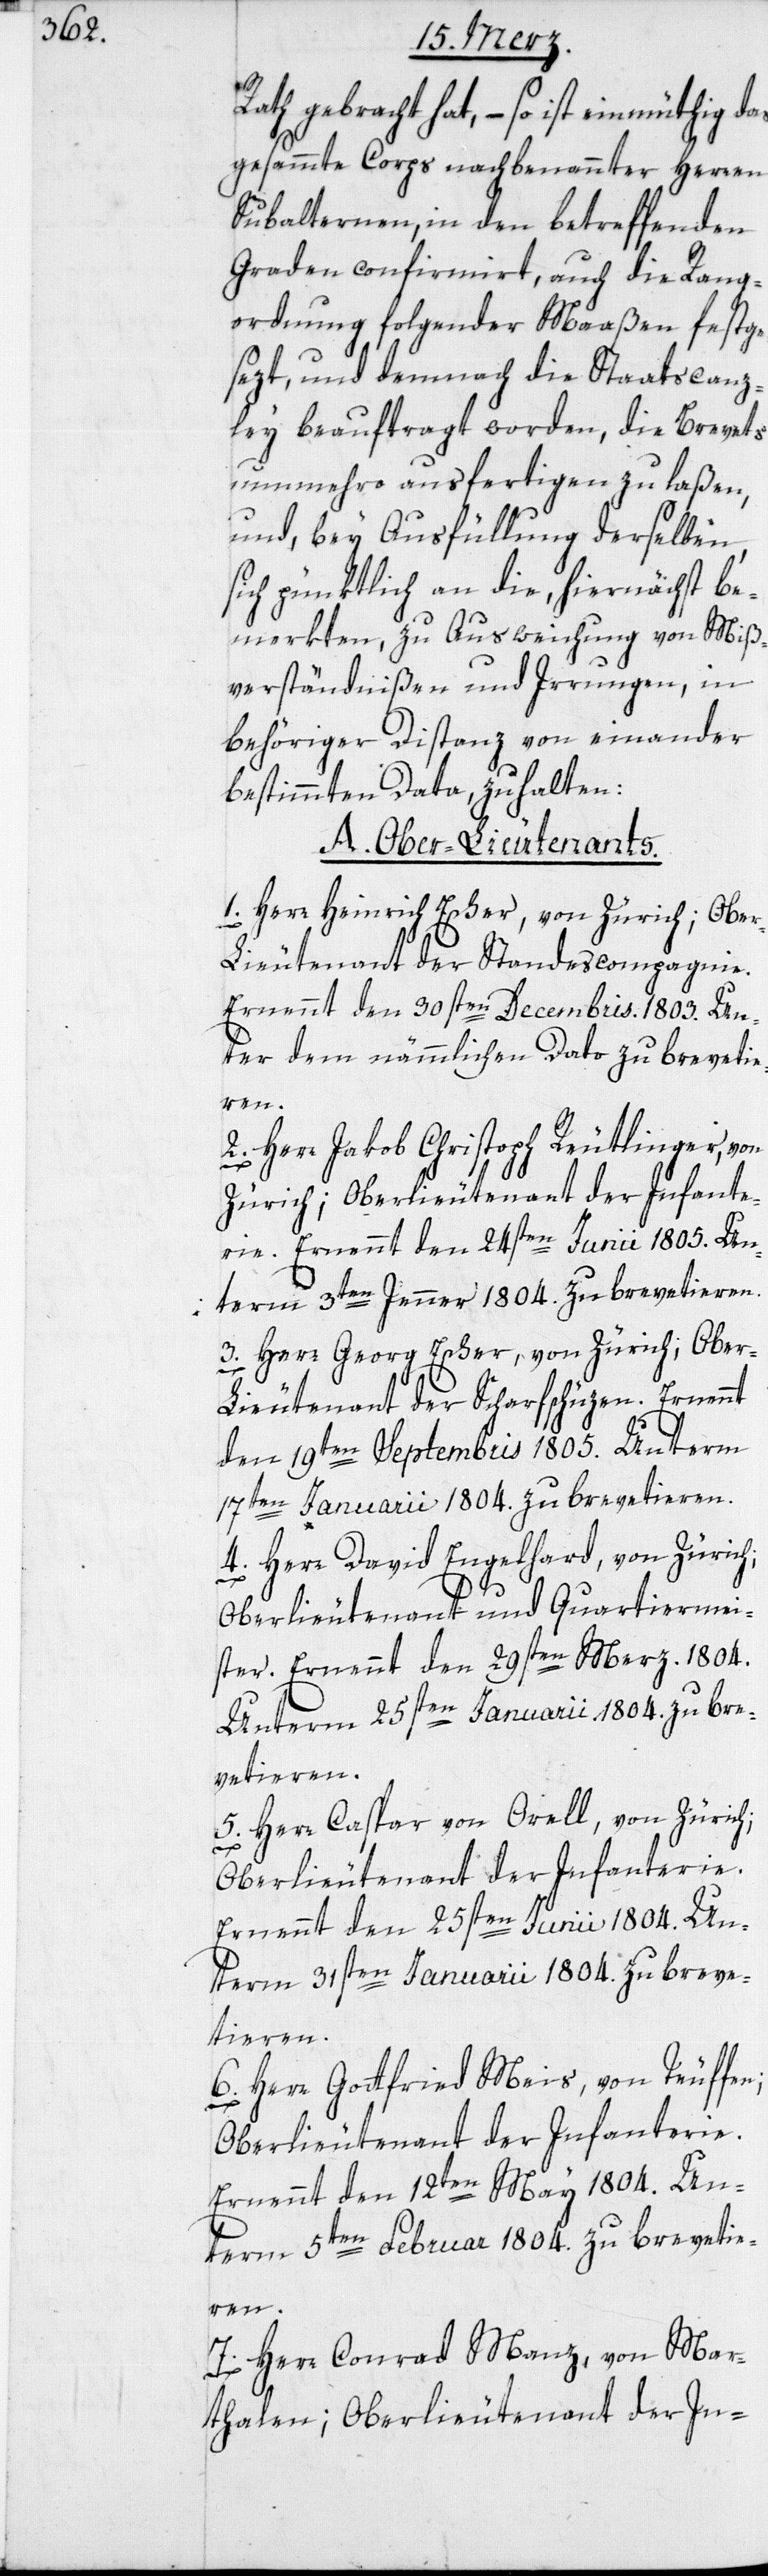
Rath gebracht hat, – so ist einmüthig das
gesammte Corps nachbenannter Herren
Subalternen, in den betreffenden
Graden confirmiert, auch die Rang¬
ordnung folgender Maaßen festge¬
sezt, und demnach die Staatscanz¬
ley beauftragt worden, die Brevets
nunmehro ausfertigen zu laßen,
und, bey Ausfüllung derselben,
sich pünktlich an die, hiernächst be¬
merkten, zu Ausweichung von Miß¬
verständnißen und Irrungen, in
behöriger Distanz von einander
bestimmten Data, zu halten:
A. Ober-Lieutenants.
1. Herr Heinrich Escher, von Zürich; Obe¬
r-Lieutenant der Standescompagnie.
Ernennt den 30sten Decembris 1803. Un¬
ter dem nämmlichen Dato zu brevetie¬
ren.
2. Herr Jakob Christoph Reutlinger, von
Zürich; Oberlieutenant der Infante¬
rie. Ernennt den 24sten Junii 1805. Un¬
term 3ten Jenner 1804. zu brevetieren.
3. Herr Georg Escher, von Zürich; Ober-L¬
ieutenant der Scharfschüzen. Ernennt
den 19ten Septembris 1805. Unterm
17ten Januarii 1804. zu brevetieren.
4. Herr David Engelhard, von Zürich;
Oberlieutenant und Quartiermei¬
ster. Ernennt den 29sten Merz. 1804.
Unterm 25sten Januarii 1804. zu bre¬
vetieren.
5. Herr Caspar von Orell, von Zürich;
n;
Oberlieutenant der Infanterie.
Ernennt den 25sten Junii 1804. Un¬
term 31sten Januarii 1804. zu breve¬
tieren.
6. Herr Gottfried Meis, von Teuffe¬
Oberlieutenant der Infanterie.
Ernennt den 12ten May 1804. Un¬
term 5ten Februar 1804. zu brevetie¬
ren.
7. Herr Conrad Manz, von Mar¬
thalen; Oberlieutenant der In-